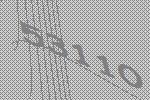
53110